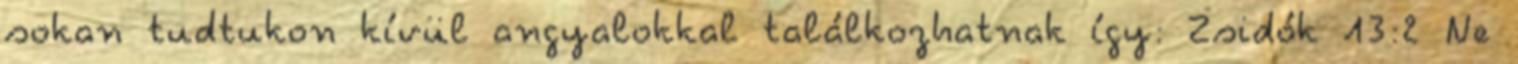
sokan tudtukon kívül angyalokkal találkozhatnak így: Zsidók 13:2 Ne